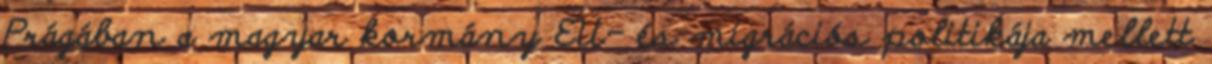
Prágában a magyar kormány EU- és migrációs politikája mellett